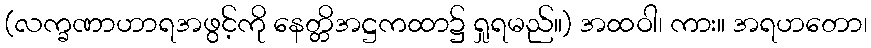
(လက္ခဏာဟာရအဖွင့်ကို နေတ္တိအဋ္ဌကထာ၌ ရှုရမည်။) အထဝါ၊ ကား။ အရဟတော၊